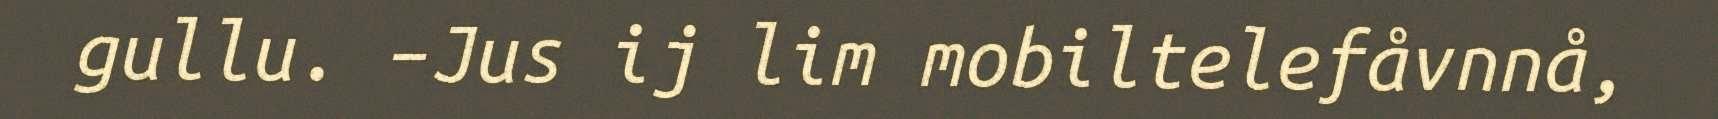
gullu. –Jus ij lim mobiltelefåvnnå,